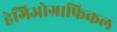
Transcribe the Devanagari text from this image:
हेगिओग्राफिकल